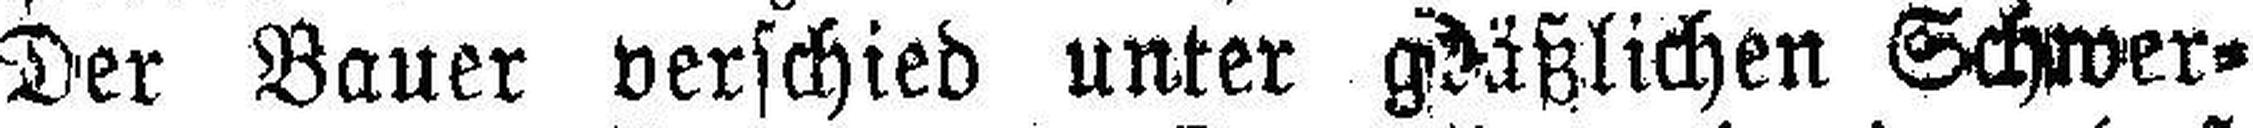
Der Bauer verschied unter gräßlichen Schwer¬